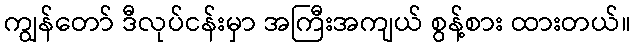
ကျွန်တော် ဒီလုပ်ငန်းမှာ အကြီးအကျယ် စွန့်စား ထားတယ်။